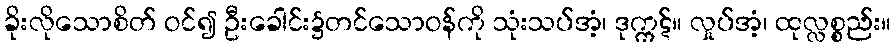
ခိုးလိုသောစိတ် ဝင်၍ ဦးခေါင်း၌တင်သောဝန်ကို သုံးသပ်အံ့၊ ဒုက္ကဋ်။ လှုပ်အံ့၊ ထုလ္လစ္စည်း။